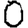
Digit: 0